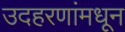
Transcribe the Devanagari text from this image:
उदहरणांमधून